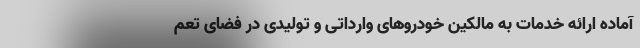
آماده ارائه خدمات به مالکین خودروهای وارداتی و تولیدی در فضای تعم